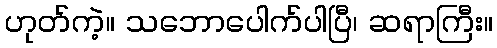
ဟုတ်ကဲ့။ သဘောပေါက်ပါပြီ၊ ဆရာကြီး။